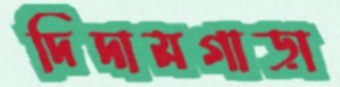
দিদামগাড়া